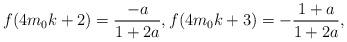
LaTeX: \begin{align*} f(4m_0k+2)=\frac{-a}{1+2a}, f(4m_0k+3)=-\frac{1+a}{1+2a},\end{align*}